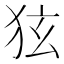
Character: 㹡